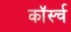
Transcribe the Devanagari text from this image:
कॉर्स्च